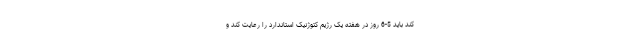
کند باید 5-6 روز در هفته یک رژیم کتوژنیک استاندارد را رعایت کند و